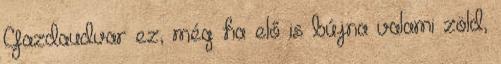
Gazdaudvar ez, még ha elő is bújna valami zöld,